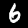
Label: 6